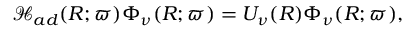
\mathcal { H } _ { a d } ( R ; \boldsymbol { \varpi } ) \Phi _ { \nu } ( R ; \boldsymbol { \varpi } ) = U _ { \nu } ( R ) \Phi _ { \nu } ( R ; \boldsymbol { \varpi } ) ,